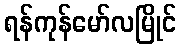
ရန်ကုန်မော်လမြိုင်